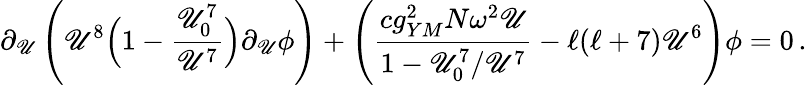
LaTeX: \partial_{\mathscr{U}}\left(\mathscr{U}^{8}\Big(1-{\frac{{\mathscr{U}_{0}^{7}}}{{\mathscr{U}^{7}}}}\Big)\partial_{\mathscr{U}}\phi\right)+\left({\frac{{cg_{YM}^{2}N\omega^{2}\mathscr{U}}}{{1-\mathscr{U}_{0}^{7}/\mathscr{U}^{7}}}}-\ell(\ell+7)\mathscr{U}^{6}\right)\phi=0\, .